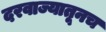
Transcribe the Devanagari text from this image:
दरवाज्यातूनच